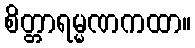
စိတ္တာရမ္မဏကထာ။